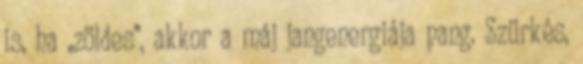
is, ha „zöldes”, akkor a máj jangenergiája pang. Szürkés,